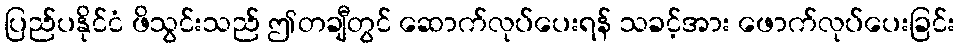
ပြည်ပနိုင်ငံ ဖိသွင်းသည် ဤတချီတွင် ဆောက်လုပ်ပေးရန် သခင့်အား ဖောက်လုပ်ပေးခြင်း